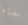
مخبأه